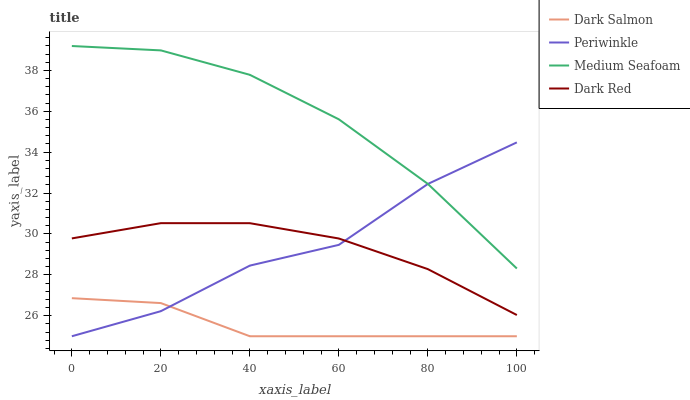
| xaxis_label | Dark Salmon | Periwinkle | Medium Seafoam | Dark Red |
 | --- | --- | --- | --- | --- |
 | 0 | 26.9 | 25 | 39.2 | 29.8 |
 | 20 | 26.6 | 26.2 | 39 | 30.5 |
 | 40 | 25 | 28.5 | 37.8 | 30.5 |
 | 60 | 25 | 29.5 | 35.6 | 29.8 |
 | 80 | 25 | 32.4 | 32.4 | 28.3 |
 | 100 | 25 | 34.5 | 28.3 | 26 |